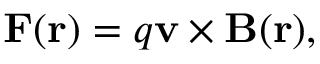
\mathbf { F } ( \mathbf { r } ) = q \mathbf { v } \times \mathbf { B } ( \mathbf { r } ) ,